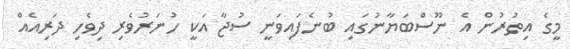
މީގެ އިތުރުން އެ ނޫސްބަޔާނުގައި ބުނެފައިވަނީ ސުޖާ އަކީ ހުނަރުވެރި ދިވެހި ދަރިއެއް